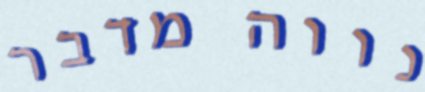
נווה מדבר